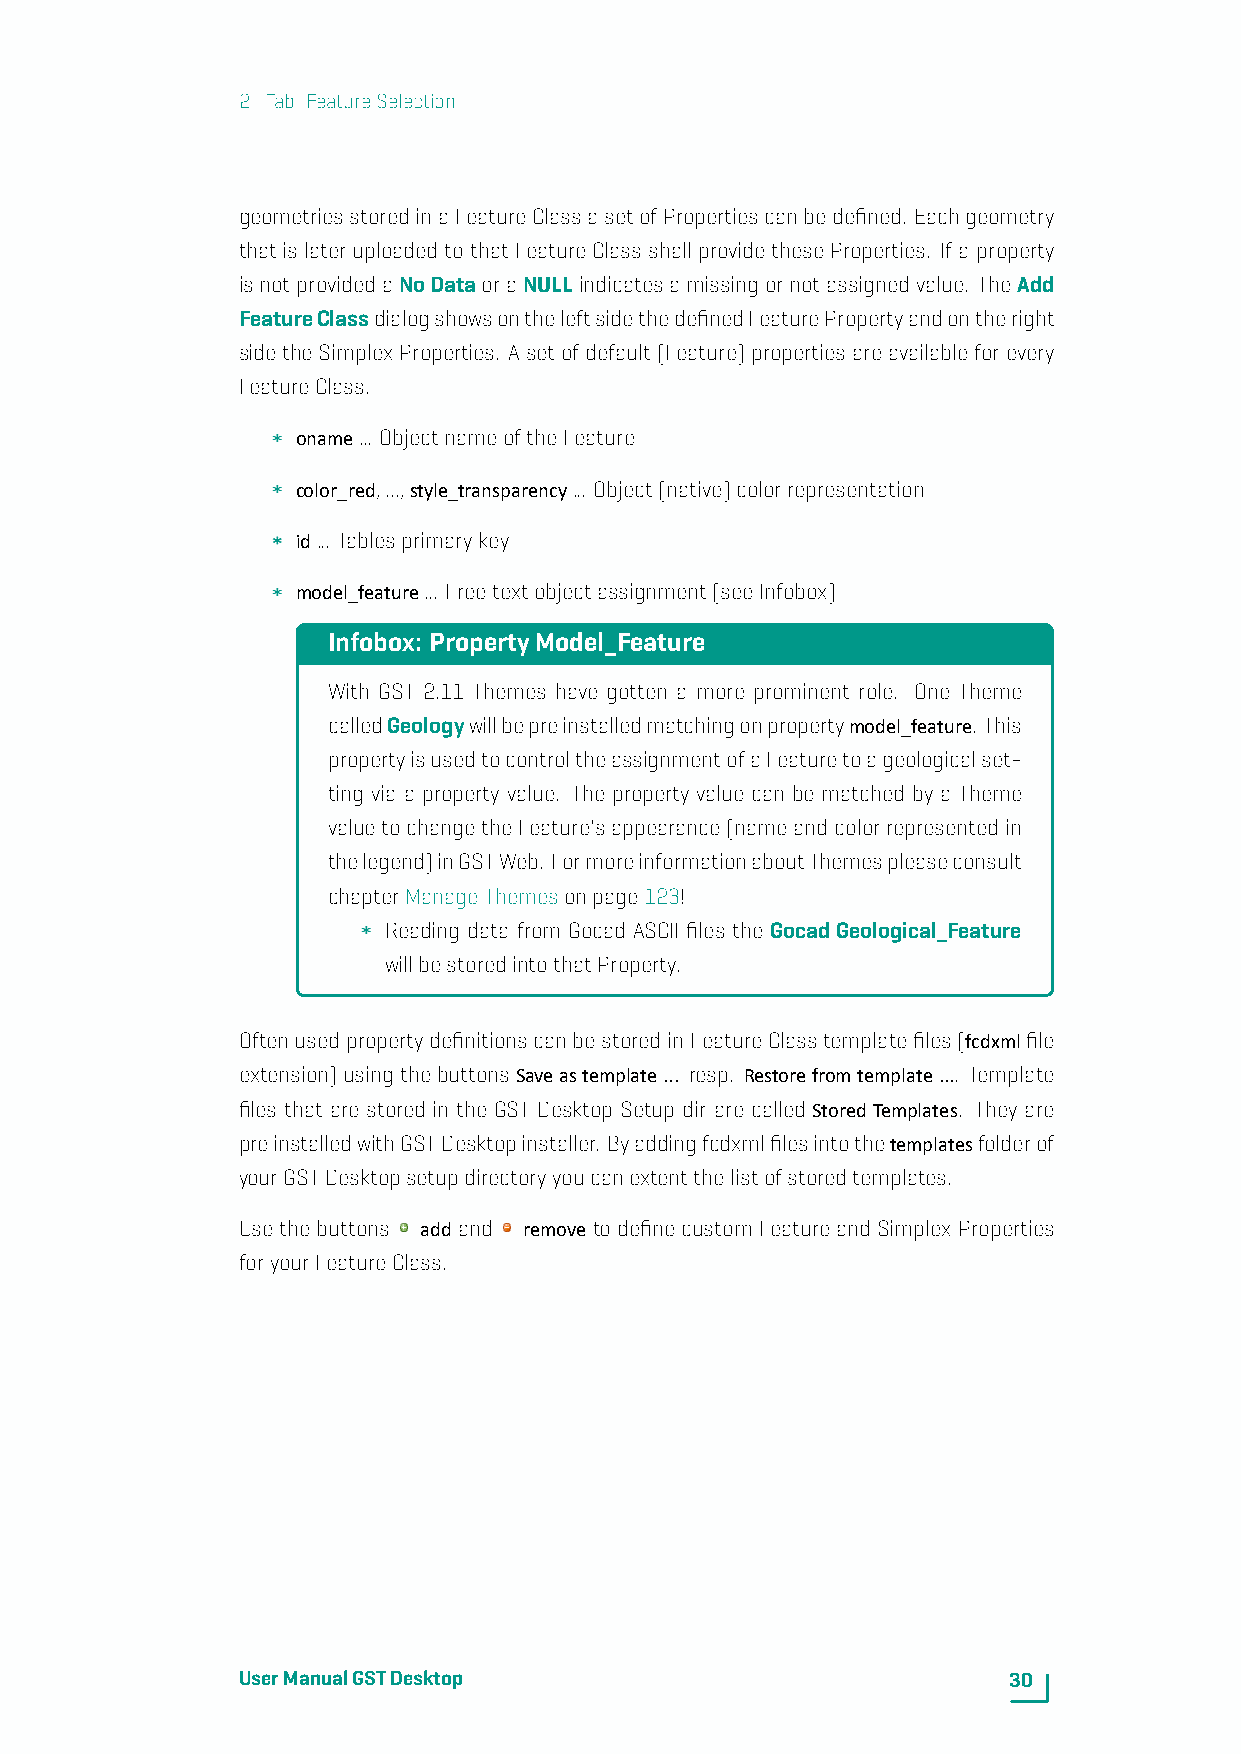
2. Tab: FeatureSelection
 geometriesstoredinaFeatureClassasetofPropertiescanbedefined. Eachgeometry
 thatislateruploadedtothatFeatureClassshallprovidetheseProperties. Ifaproperty
 isnotprovidedaNoDataoraNULLindicatesamissingornotassignedvalue. TheAdd
 FeatureClassdialogshowsontheleftsidethedefinedFeaturePropertyandontheright
 sidetheSimplexProperties. Asetofdefault(Feature)propertiesareavailableforevery
 FeatureClass.
 oname... ObjectnameoftheFeature
 color_red,...,style_transparency... Object(native)colorrepresentation
 id... Tablesprimarykey
 model_feature... Freetextobjectassignment(seeInfobox)
 Infobox: PropertyModel_Feature
 With GST 2.11 Themes have gotten a more prominent role. One Theme
 calledGeologywillbepreinstalledmatchingonpropertymodel_feature. This
 propertyisusedtocontroltheassignmentofaFeaturetoageologicalset-
 ting via a property value. The property value can be matched by a Theme
 valuetochangetheFeature'sappearance(nameandcolorrepresentedin
 thelegend)inGSTWeb. FormoreinformationaboutThemespleaseconsult
 chapterManageThemesonpage123!
 Reading data from Gocad ASCII files the GocadGeological_Feature
 willbestoredintothatProperty.
 OftenusedpropertydefinitionscanbestoredinFeatureClasstemplatefiles(fcdxmlfile
 extension) using the buttons Saveastemplate... resp. Restorefromtemplate.... Template
 files that are stored in the GST Desktop Setup dir are called StoredTemplates. They are
 preinstalledwithGSTDesktopinstaller. Byaddingfcdxmlfilesintothetemplatesfolderof
 yourGSTDesktopsetupdirectoryyoucanextentthelistofstoredtemplates.
 Use the buttons add and removetodefine customFeature and Simplex Properties
 foryourFeatureClass.
 UserManualGSTDesktop                               30